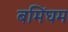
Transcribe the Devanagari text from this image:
बमिंघम